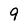
Character: 9